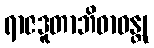
ရာဇဒူတာဘိဓာဝန္တု